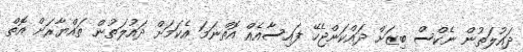
ދައުލަތުން ނެކްސް ބިޒަށް ދައްކަންޖެހޭ ފައިސާއެއް އޮތްނަމަ އެކަމަށް ދައުލަތުން ތައްޔާރަށް އޮތް